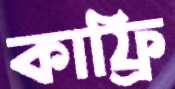
কাফ্রি